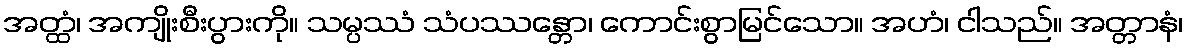
အတ္ထံ၊ အကျိုးစီးပွားကို။ သမ္ပဿံ သံပဿန္တော၊ ကောင်းစွာမြင်သော။ အဟံ၊ ငါသည်။ အတ္တာနံ၊